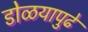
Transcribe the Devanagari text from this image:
डोळयापुढे